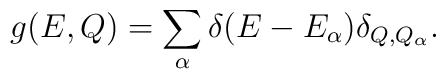
g(E,Q)=\sum_{\alpha}\delta(E-E_{\alpha})\delta_{Q,Q_{\alpha}}.